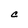
Character: C